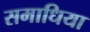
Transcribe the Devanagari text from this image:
समाधिया